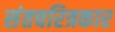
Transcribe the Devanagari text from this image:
संतचरित्रकार